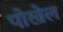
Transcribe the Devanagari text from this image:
पोख्रेल